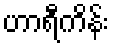
ဟာရီကိန်း